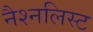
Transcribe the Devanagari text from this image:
नैश्नलिस्ट